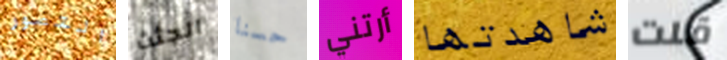
التصور الجثث حسنا أرتني شاهدتها قلت